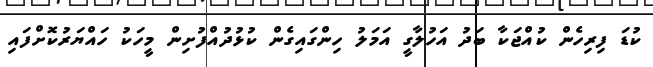
ކުޑަ ފިރިހެން ކުއްޖަކާ ބަދު އަހުލާގީ އަމަލު ހިންގައިގެން ކުޅުދުއްފުށިން މީހަކު ހައްޔަރުކޮށްފައި